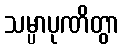
သမ္ပာပုဏိတွာ